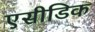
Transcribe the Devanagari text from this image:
एसीडिक